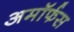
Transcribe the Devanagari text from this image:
अमॉर्फस